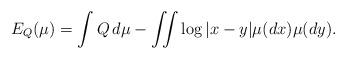
LaTeX: \begin{align*}E_{Q}(\mu)=\int Q\,d\mu-\iint \log|x-y|\mu(dx)\mu(dy).\end{align*}